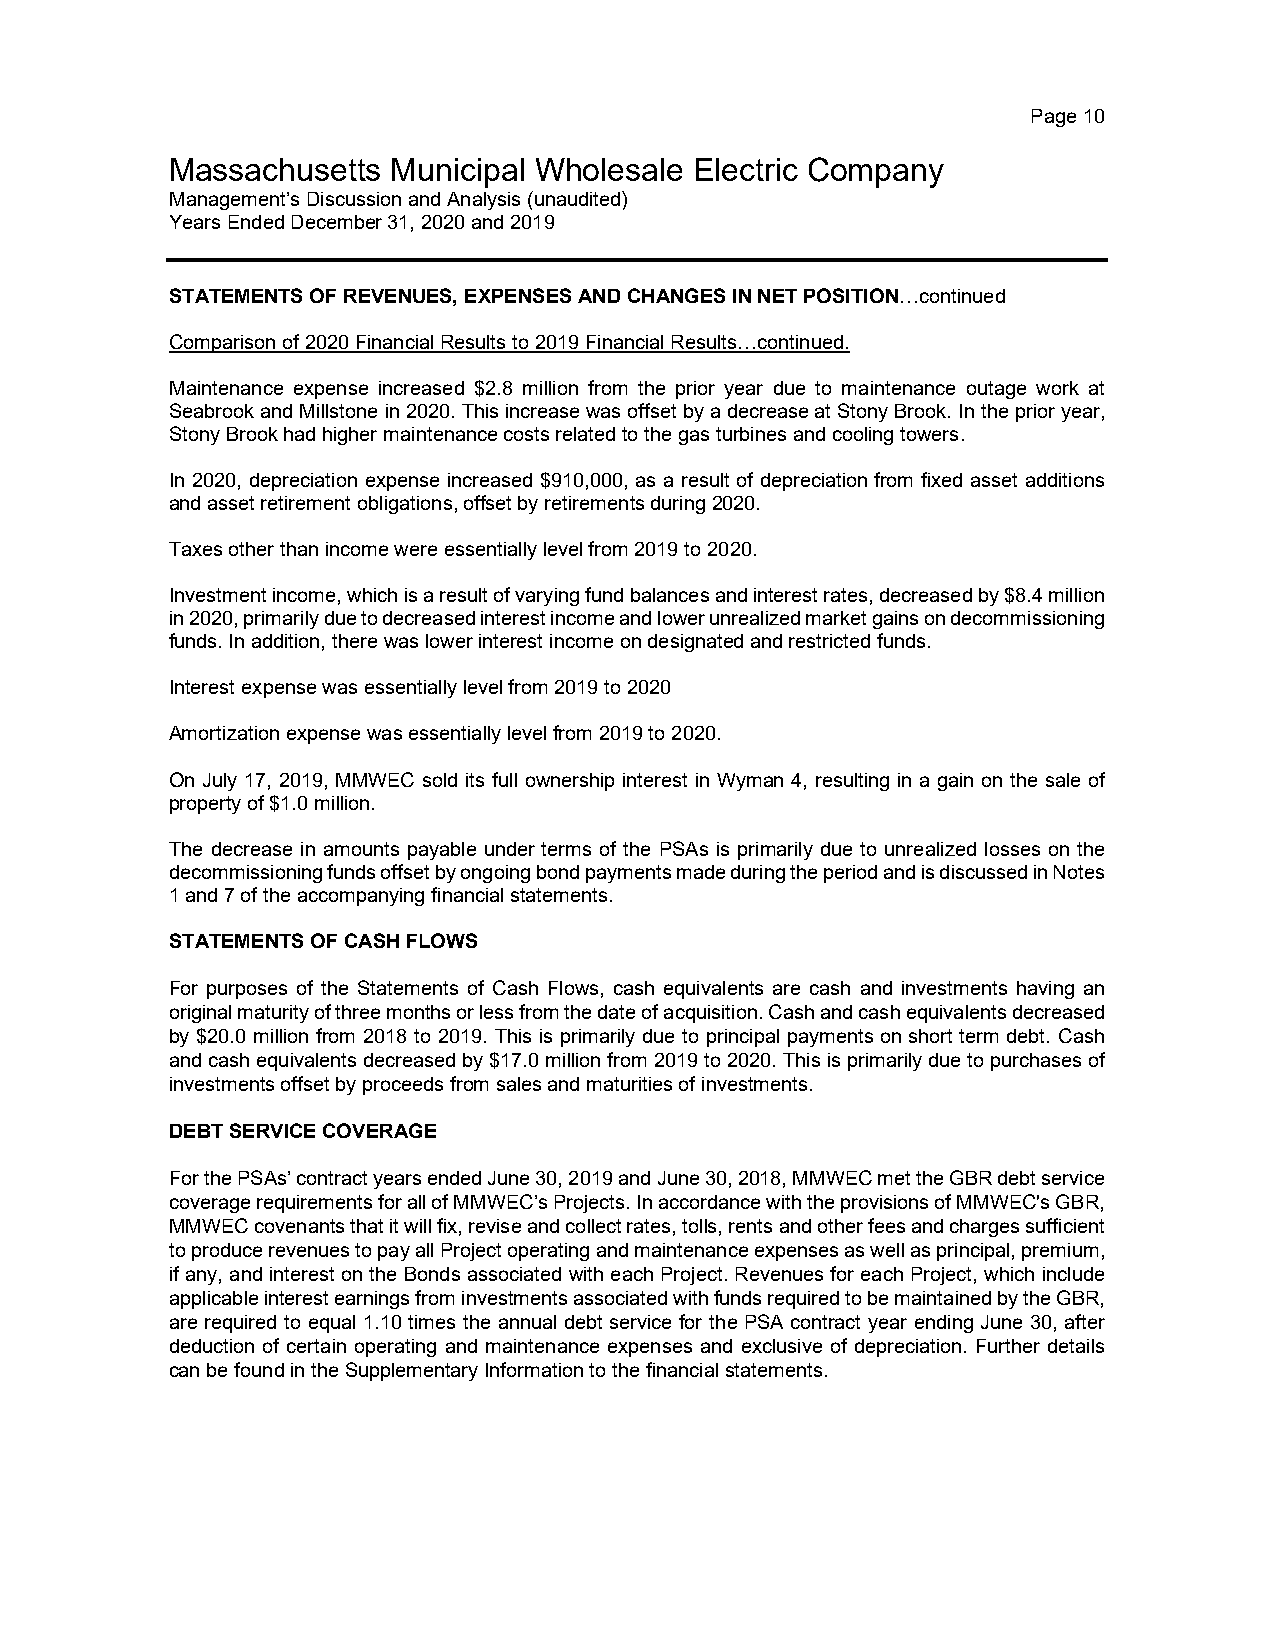
Page 10
 Massachusetts  Municipal Wholesale Electric Company
 Management’s Discussion and Analysis (unaudited)
 Years Ended December 31, 2020 and 2019
 STATEMENTS OF REVENUES, EXPENSES AND CHANGES IN NET POSITION…continued
 Comparison of 2020 Financial Results to 2019 Financial Results…continued.
 Maintenance expense increased $2.8 million from the prior year due to maintenance outage work at
 Seabrook and Millstone in 2020. This increase was offset by a decrease at Stony Brook. In the prior year,
 Stony Brook had higher maintenance costs related to the gas turbines and cooling towers.
 In 2020, depreciation expense increased $910,000, as a result of depreciation from fixed asset additions
 and asset retirement obligations, offset by retirements during 2020.
 Taxes other than income were essentially level from 2019 to 2020.
 Investment income, which is a result of varying fund balances and interest rates, decreased by $8.4 million
 in 2020, primarily due to decreased interest income and lower unrealized market gains on decommissioning
 funds. In addition, there was lower interest income on designated and restricted funds.
 Interest expense was essentially level from 2019 to 2020
 Amortization expense was essentially level from 2019 to 2020.
 On July 17, 2019, MMWEC sold its full ownership interest in Wyman 4, resulting in a gain on the sale of
 property of $1.0 million.
 The decrease in amounts payable under terms of the PSAs is primarily due to unrealized losses on the
 decommissioning funds offset by ongoing bond payments made during the period and is discussed in Notes
 1 and 7 of the accompanying financial statements.
 STATEMENTS OF CASH FLOWS
 For purposes of the Statements of Cash Flows, cash equivalents are cash and investments having an
 original maturity of three months or less from the date of acquisition. Cash and cash equivalents decreased
 by $20.0 million from 2018 to 2019. This is primarily due to principal payments on short term debt. Cash
 and cash equivalents decreased by $17.0 million from 2019 to 2020. This is primarily due to purchases of
 investments offset by proceeds from sales and maturities of investments.
 DEBT SERVICE COVERAGE
 For the PSAs’ contract years ended June 30, 2019 and June 30, 2018, MMWEC met the GBR debt service
 coverage requirements for all of MMWEC’s Projects. In accordance with the provisions of MMWEC's GBR,
 MMWEC covenants that it will fix, revise and collect rates, tolls, rents and other fees and charges sufficient
 to produce revenues to pay all Project operating and maintenance expenses as well as principal, premium,
 if any, and interest on the Bonds associated with each Project. Revenues for each Project, which include
 applicable interest earnings from investments associated with funds required to be maintained by the GBR,
 are required to equal 1.10 times the annual debt service for the PSA contract year ending June 30, after
 deduction of certain operating and maintenance expenses and exclusive of depreciation. Further details
 can be found in the Supplementary Information to the financial statements.